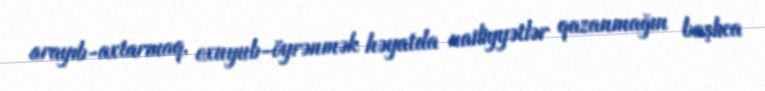
arayıb-axtarmaq, oxuyub-öyrənmək həyatda nailiyyətlər qazanmağın başlıca